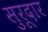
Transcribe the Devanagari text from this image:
सुरूदार